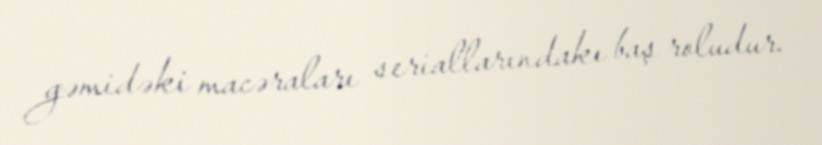
gəmidəki macəraları seriallarındakı baş roludur.